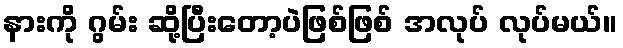
နားကို ဂွမ်း ဆို့ပြီးတော့ပဲဖြစ်ဖြစ် အလုပ် လုပ်မယ်။